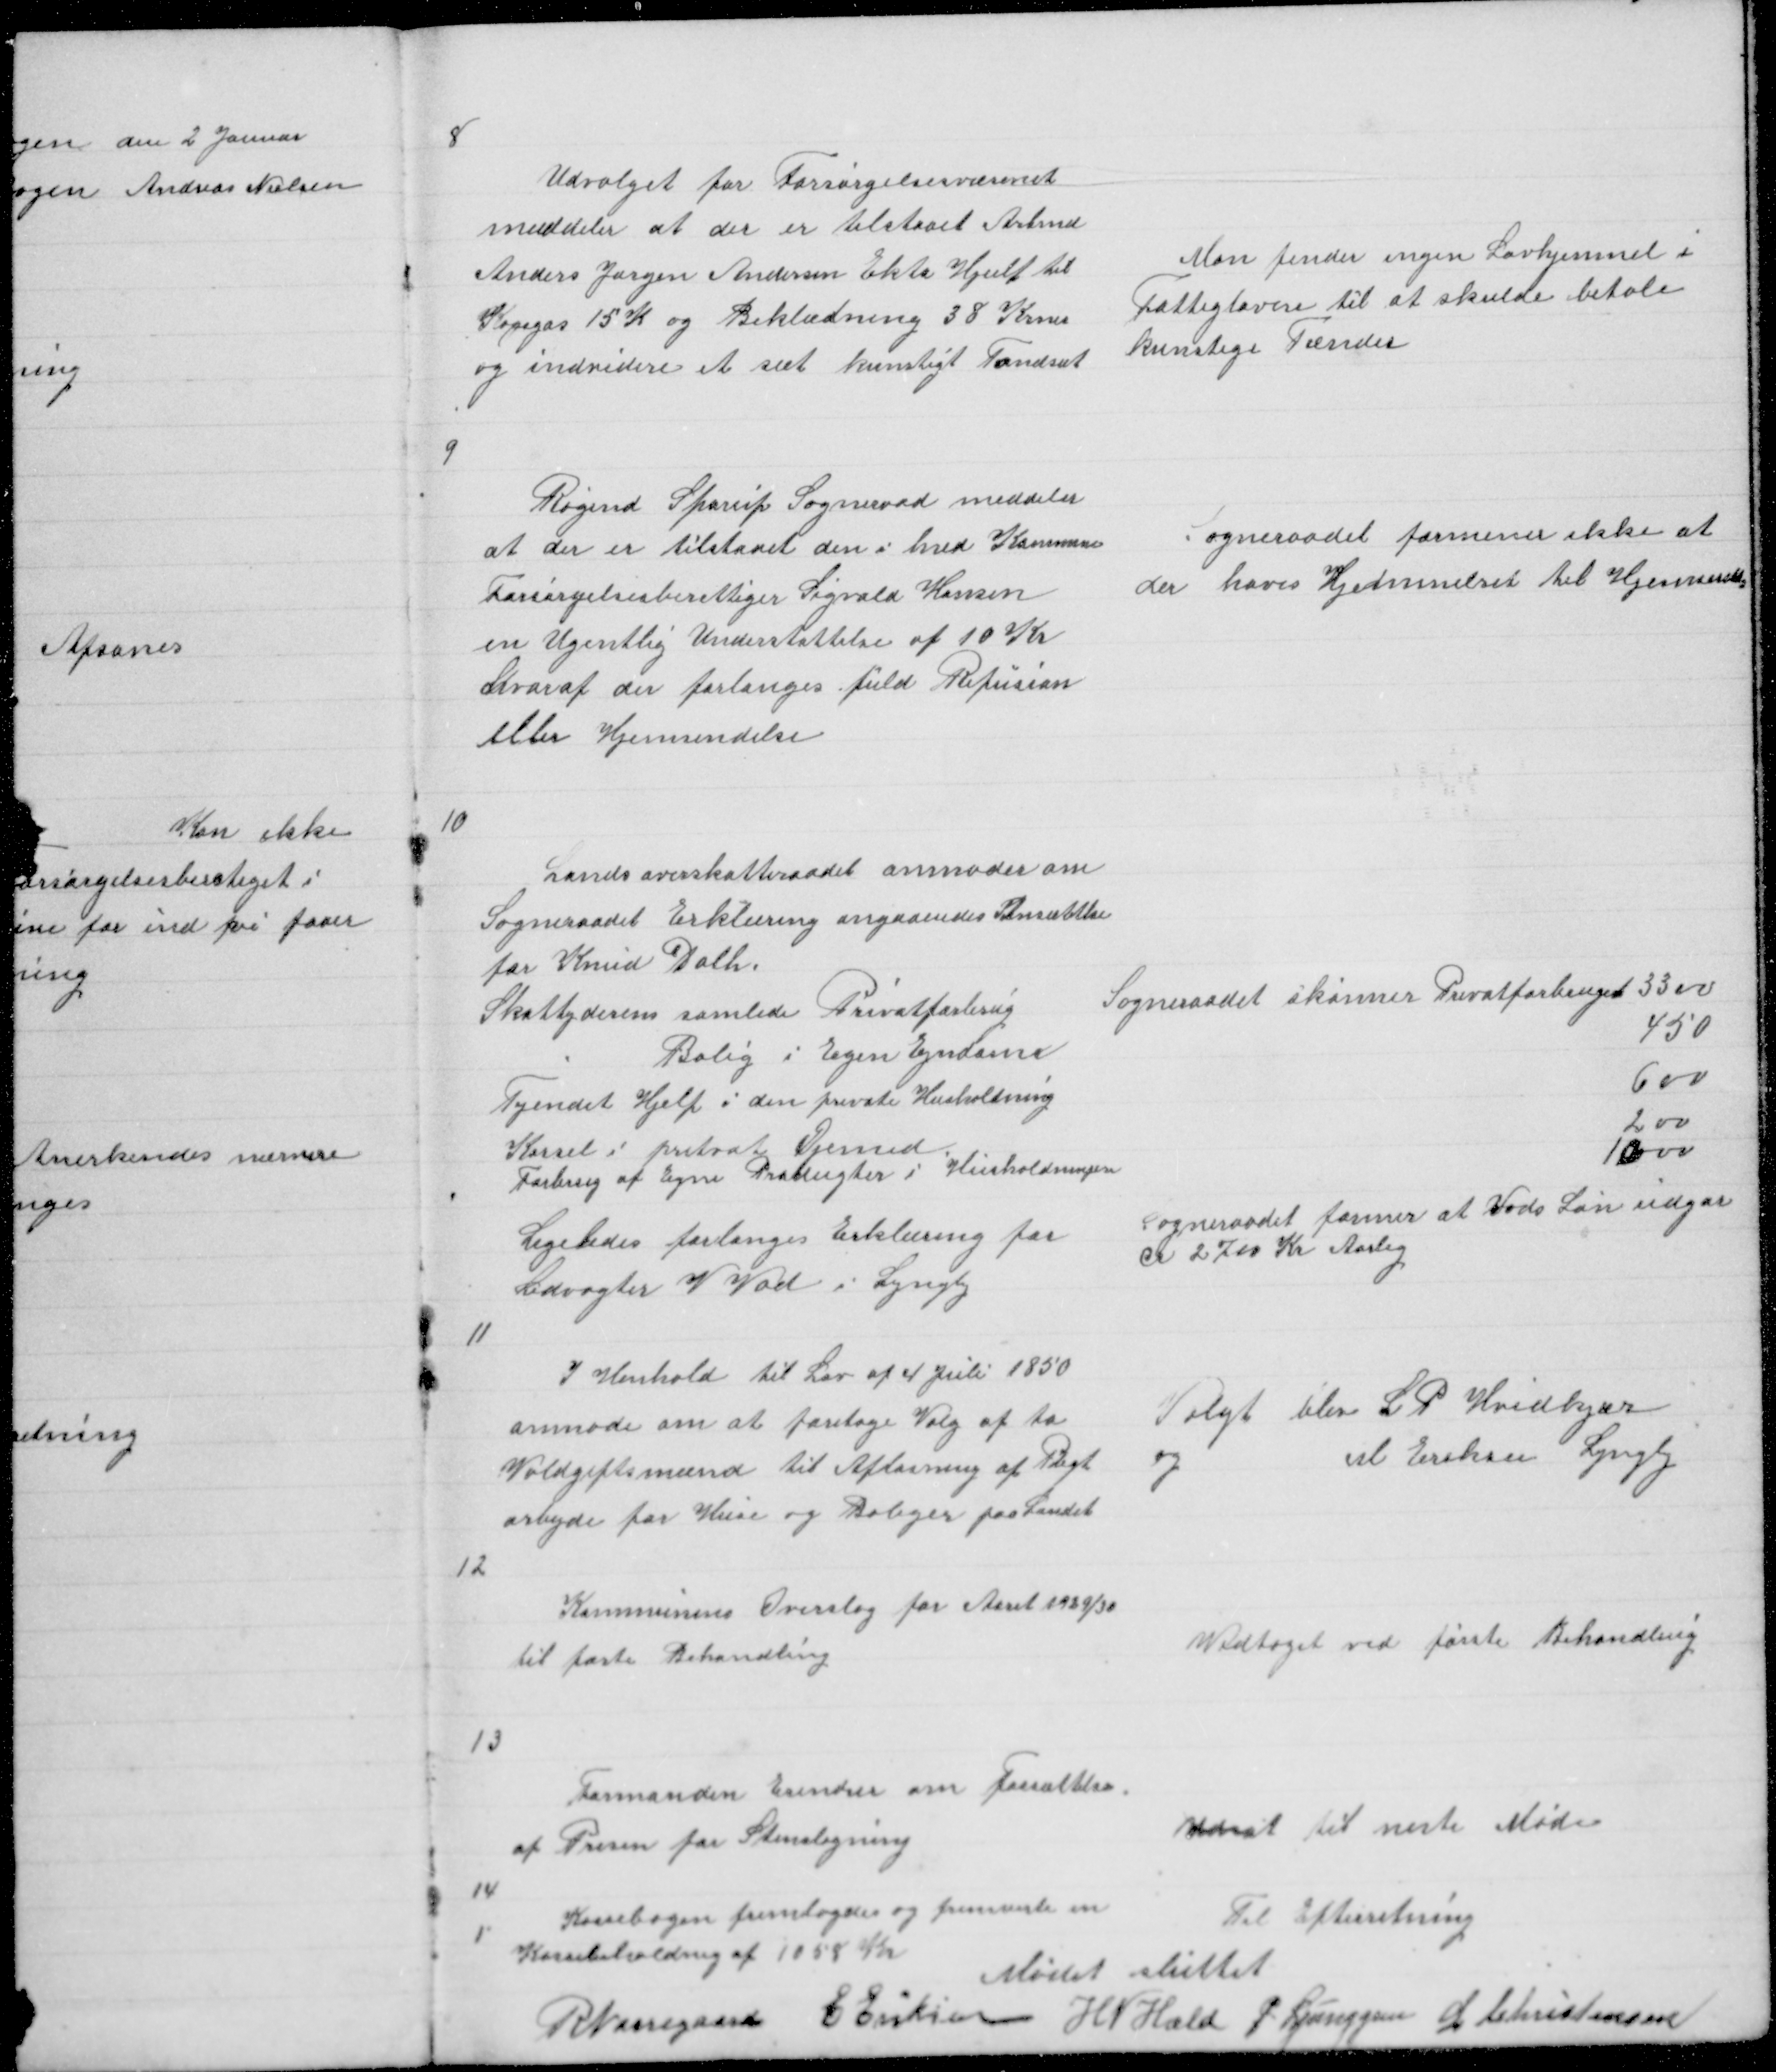
Transskription:
8

Udvalget for Forsørgelsesvæsenet
meddeler at der er tilstaaet Arbmd
Anders Jørgen Andersen Ekta Hjelp til
Kogegas 15 K og Beklædning 38 Krner
og indvidere et sæt kunstigt Tandsæt

Man finder ingen Lovhjemmel i
Fattigloven til at skulde betale
kunstige Tænder

9

Røgind Sparup Sogneraad meddeler
at der er tilstaaet den i hvd Kommune
Forsørgelsesberettiger Sigvald Hansen
en Ugentlig Understøttelse af 10 Kr
hvoraf der forlanges fuld Refusion
eller Hjemsendelse

Sogneraadet formener ikke at
der haves Hjemmelret til Hjemsendelse

10

Landsoverskatteraadet anmoder om
Sogneraadet Erklæring angaaendes Ansættelse
for Knud Dahl

Skatteyderens samlede Privatforbrug
Bolig i Egen Ejndom
Tyendet Hjelp i den private Husholdning
Kørsel i privat Øjemed
Forbrug af egne Produgter i Husholdningen
Ligeledes forlanges Erklæring for
Ledvogter V Vad i Lyngby

Sogneraadet skønner Privatforbruget 3300
450
600
200
1000
Sogneraadet former at Vads Løn udgør
cr 2700 Kr Aarlig

11

I Henhold til Lov af 4 Juli 1850
anmode om at foretage Valg af to
Voldgiftsmænd til Afløsning af Pligt
arbejde for Huse og Boliger paa Landet

Valgt blev L P Hvidkjær
og
M Eriksen Lyngby

12

Kommunens Overslag for Aaret 1929/30
til føste Behandling

Vedtaget ved første Behandling

13

Formanden Erindrer om Fassættelsen
af Prisen for Stenslagning

Udsat til neste Møde

14

Kassebogen fremlagdes og fremviste en
Til Efterretning
Kassebeholdning af 1058 Kr
Mødet sluttet
R Nørregaard
E Eriksen
H N Hald P Ljunggren L Christensen